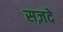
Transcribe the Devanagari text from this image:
सज़दे